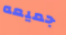
جميعه